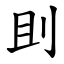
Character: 刞